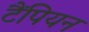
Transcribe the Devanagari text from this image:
टैंपियन